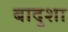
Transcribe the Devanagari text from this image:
बादुशा